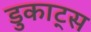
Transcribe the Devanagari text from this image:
डुकाट्स